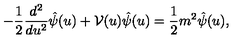
- { \frac { 1 } { 2 } } { \frac { d ^ { 2 } } { d u ^ { 2 } } } \hat { \psi } ( u ) + { \cal V } ( u ) \hat { \psi } ( u ) = { \frac { 1 } { 2 } } m ^ { 2 } \hat { \psi } ( u ) ,